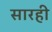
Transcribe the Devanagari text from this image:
सारही